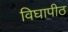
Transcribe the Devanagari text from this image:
विघापीठ